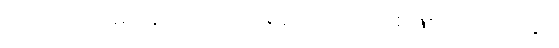
ပါ-၃၆၁၊ ဋ္ဌ-မ-အုပ်-၁၂၊ သေရည်သေရက် စဖြစ်ပေါ်လာပုံနှင့်